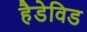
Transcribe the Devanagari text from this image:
हैडेविड